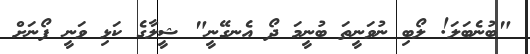
"ބުނެބަލަ! ލޯބި ނުވަނީތަ ބުނީމަ ދޯ އެނގޭނީ" ޝީލާގެ ކަޅި ވަނީ ފޯނަށް